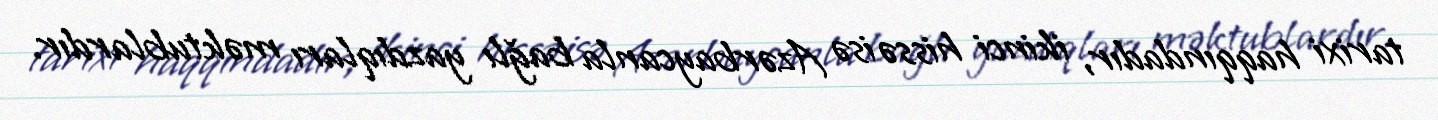
tarixi haqqındadır, ikinci hissə isə Azərbaycanla bağlı yazdıqları məktublardır.